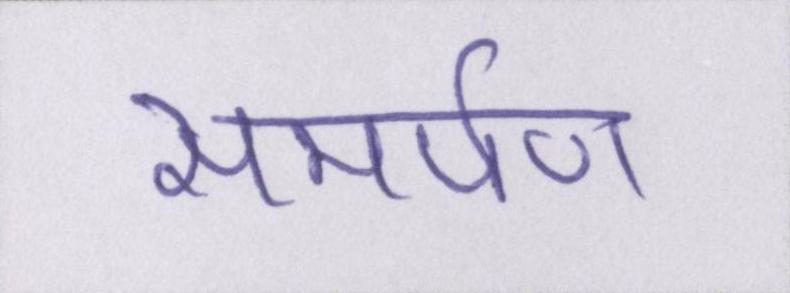
समर्पण